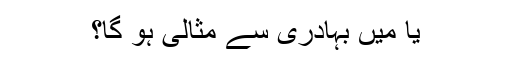
یا میں بہادری سے مثالی ہو گا؟